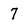
Character: 7